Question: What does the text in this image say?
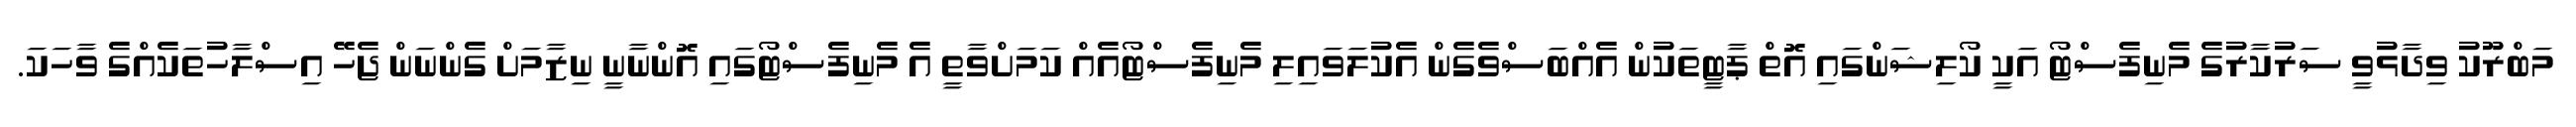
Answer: މަބްރޫކު ވިދާޅުވީ ސަރުކާރުގެ މެނިފެސްޓޯ އަކީ ކޯލިޝަންގައި އޮތް ޕާޓީތަކުން އެއްބަސްވެގެން އެކުލަވައިލި މެނިފެސްޓޯއެއް ކަމަށްވާތީ އެ މެނިފެސްޓޯގައި އޮންނާނީ ނިޒާމަށް ގެންނަން ޖެހޭ އިސްލާހުތަކެއްގެ ވާހަކަ.